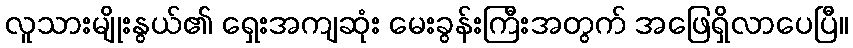
လူသားမျိုးနွယ်၏ ရှေးအကျဆုံး မေးခွန်းကြီးအတွက် အဖြေရှိလာပေပြီ။